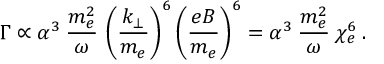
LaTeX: \Gamma \propto \alpha ^ { 3 } \: \frac { m _ { e } ^ { 2 } } { \omega } \, \left( \frac { k _ { \bot } } { m _ { e } } \right) ^ { 6 } \left( \frac { e B } { m _ { e } } \right) ^ { 6 } = \alpha ^ { 3 } \: \frac { m _ { e } ^ { 2 } } { \omega } \: \chi _ { e } ^ { 6 } \: .